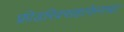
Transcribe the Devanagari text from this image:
फ्रीडरिक्सहाफेनचा